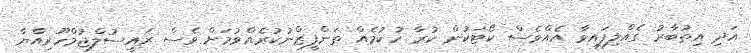
އަދި އިތުބާރު ގެއްލިފައިވާ އެއްވެސް ކޯޓަކުން ކުރާ ހުކުމެއް ތަންފީޒްނުކުރެއްވުމަށް ވެސް ރައީސުލްޖުމްހޫރިއްޔާ